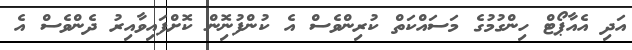
އަދި އެއާޕޯޓް ހިންގުމުގެ މަސައްކަތް ކުރިންވެސް އެ ކުންފުނިޮން ކޮށްފައިވާއިރު ދެންވެސް އެ